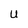
Character: U